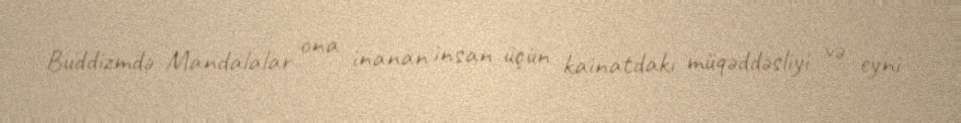
Buddizmdə Mandalalar ona inanan insan üçün kainatdakı müqəddəsliyi və eyni